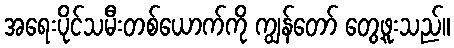
အရေးပိုင်သမီးတစ်ယောက်ကို ကျွန်တော် တွေ့ဖူးသည်။